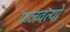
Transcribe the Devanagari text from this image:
फलवत्यो